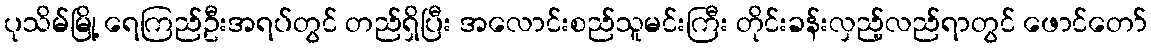
ပုသိမ်မြို့ ရေကြည်ဦးအရပ်တွင် တည်ရှိပြီး အလောင်းစည်သူမင်းကြီး တိုင်းခန်းလှည့်လည်ရာတွင် ဖောင်တော်